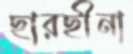
ছারছীনা